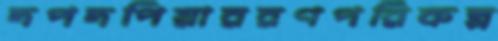
দপদপিয়াররণপরিকল্প